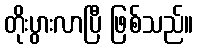
တိုးပွားလာပြီ ဖြစ်သည်။